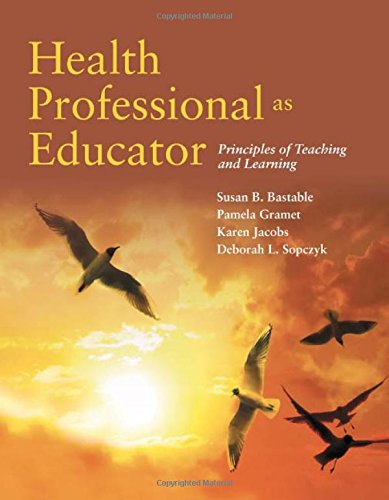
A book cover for Health Professional As Educator: Principles Of Teaching And Learning; Susan B. Bastable; Medical Books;